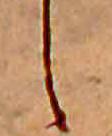
し